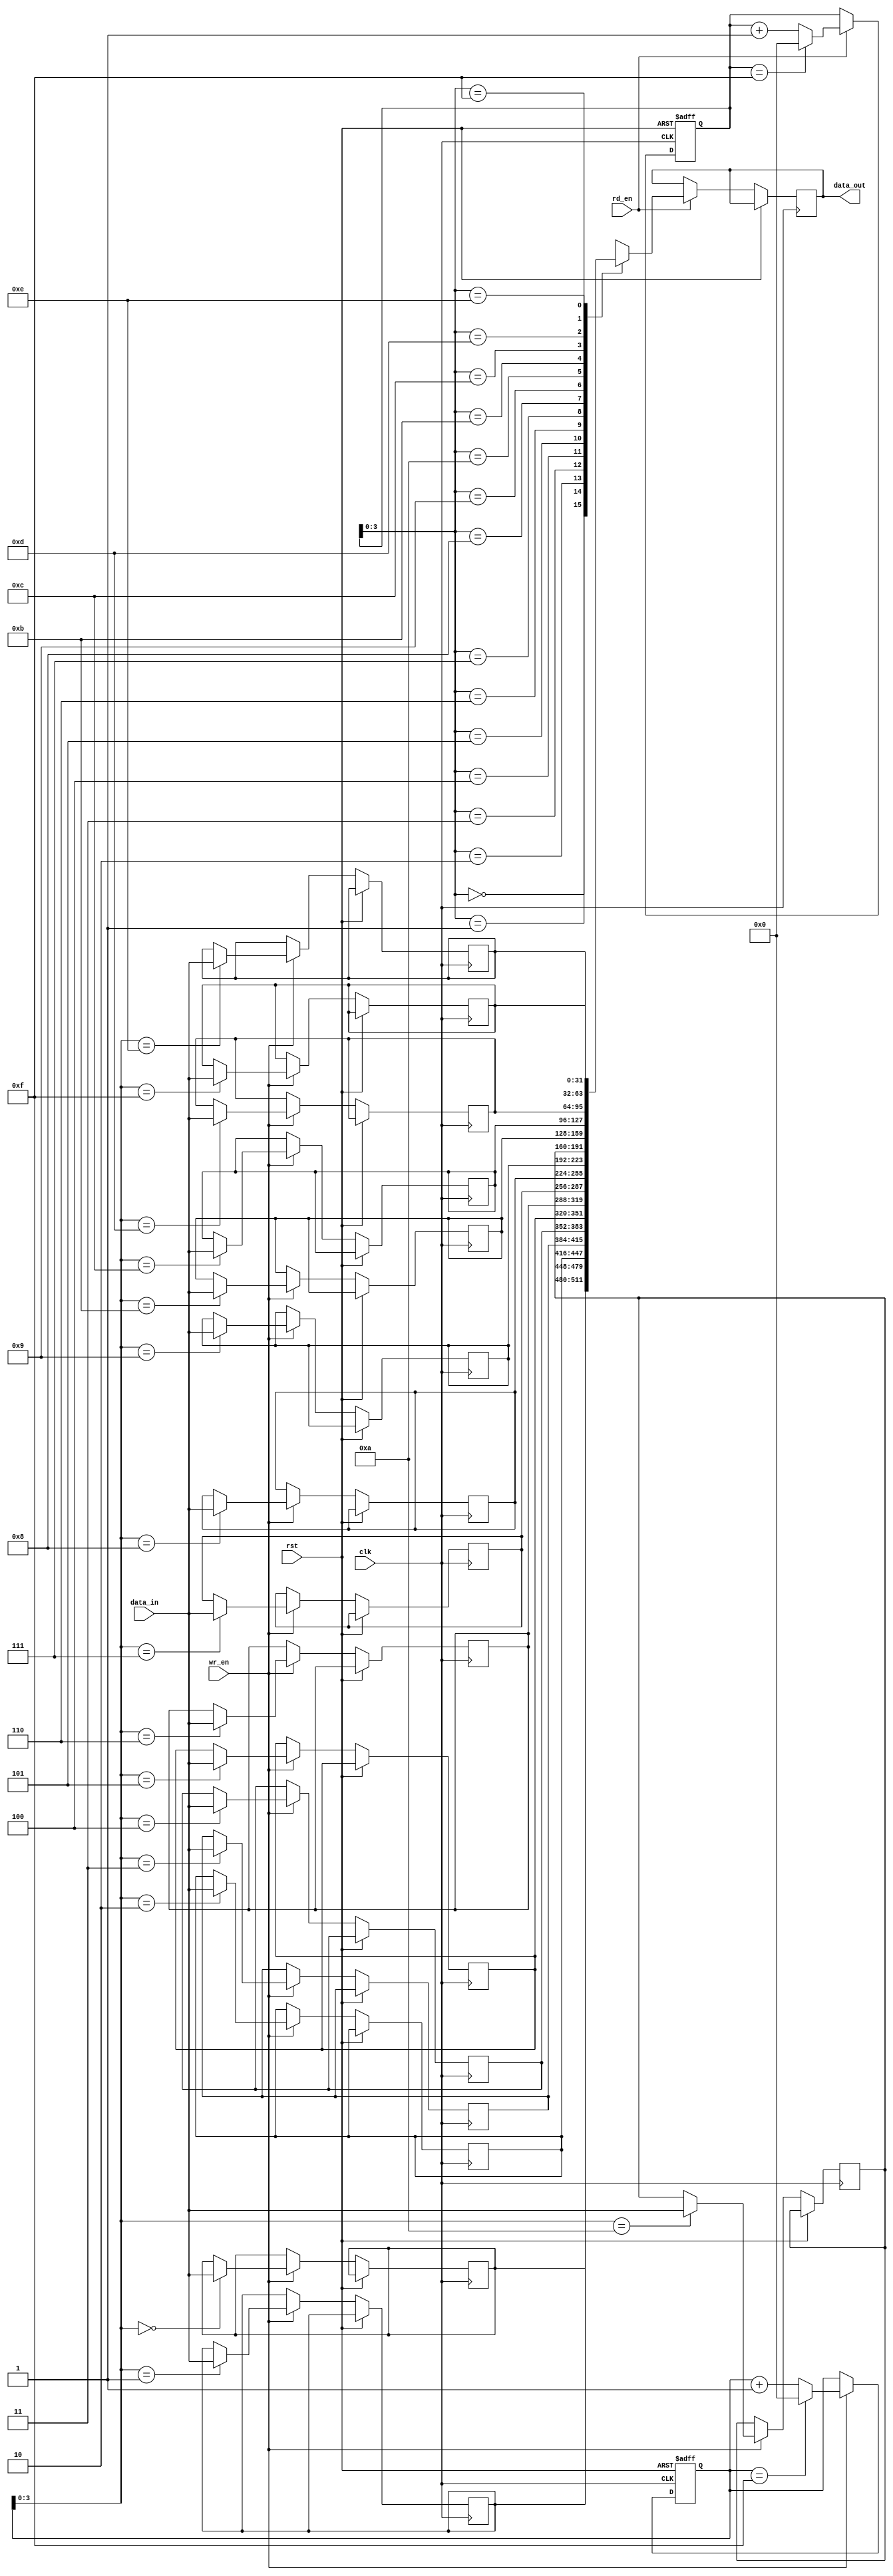
module Last_Word_Fall_Through_FIFO (
  input wire clk,
  input wire rst,
  input wire wr_en,
  input wire rd_en,
  input wire [31:0] data_in,
  output reg [31:0] data_out
);

parameter DEPTH = 16;
reg [31:0] buffer [0:DEPTH-1];
reg [4:0] wr_ptr;
reg [4:0] rd_ptr;

always @ (posedge clk or posedge rst)
begin
  if (rst) begin
    wr_ptr <= 5'h0;
    rd_ptr <= 5'h0;
  end else begin
    if (wr_en) begin
      buffer[wr_ptr] <= data_in;
      if (wr_ptr == DEPTH-1) begin
        wr_ptr <= 5'h0;
      end else begin
        wr_ptr <= wr_ptr + 1;
      end
    end

    if (rd_en) begin
      data_out <= buffer[rd_ptr];
      if (rd_ptr == DEPTH-1) begin
        rd_ptr <= 5'h0;
      end else begin
        rd_ptr <= rd_ptr + 1;
      end
    end
  end
end

endmodule